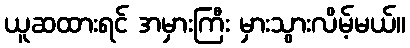
ယူဆထားရင် အမှားကြီး မှားသွားလိမ့်မယ်။